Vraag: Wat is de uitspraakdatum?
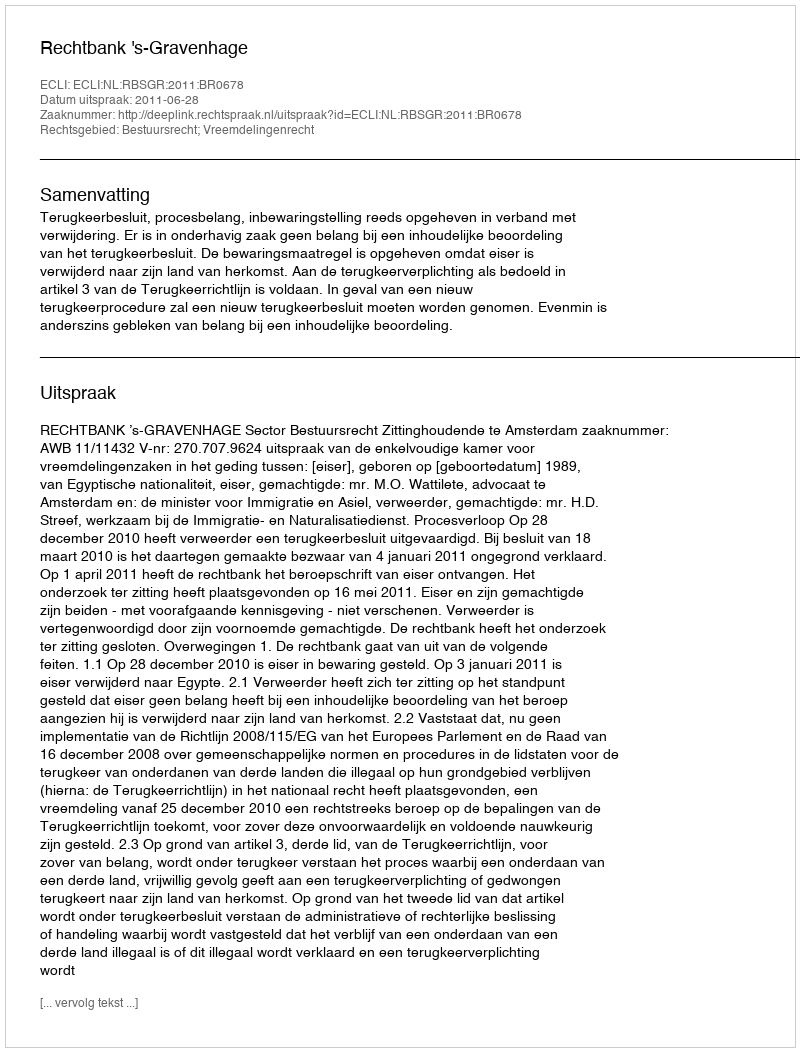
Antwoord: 2011-06-28